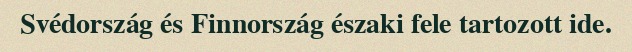
Svédország és Finnország északi fele tartozott ide.